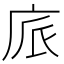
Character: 𢈕